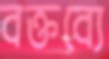
বক্তব্যে